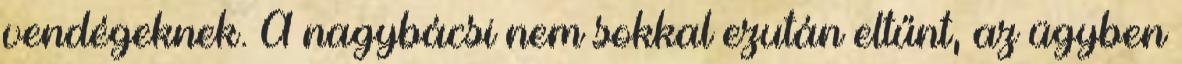
vendégeknek. A nagybácsi nem sokkal ezután eltűnt, az ügyben